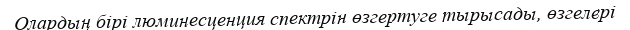
Олардың бірі люминесценция спектрін өзгертуге тырысады, өзгелері